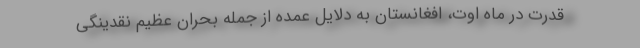
قدرت در ماه اوت، افغانستان به دلایل عمده از جمله بحران عظیم نقدینگی